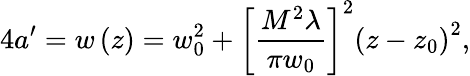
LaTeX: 4a^{\prime}=w\left(z\right)=w_{0}^{2}+\left[\frac{M^{2}\lambda}{\pi w_{0}}\right]^{2}\left(z-z_{0}\right)^{2},